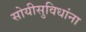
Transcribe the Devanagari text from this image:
सोयीसुविधांना